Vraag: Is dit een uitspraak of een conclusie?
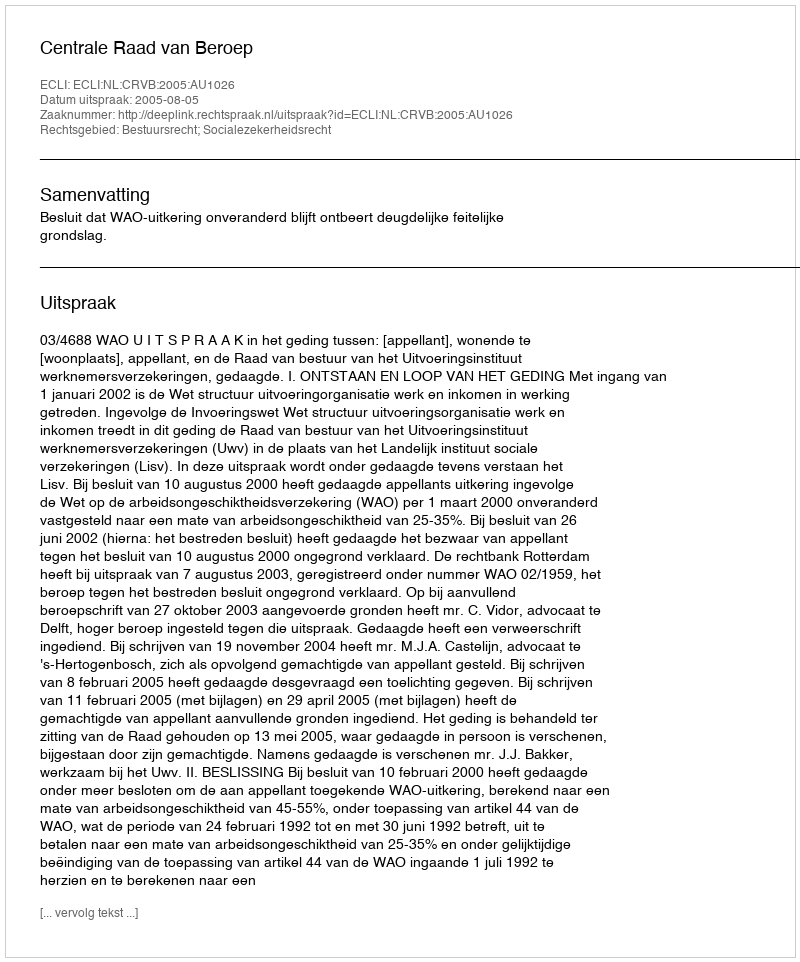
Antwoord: Uitspraak